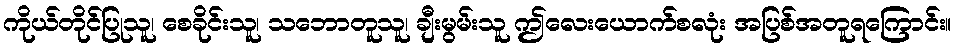
ကိုယ်တိုင်ပြုသူ၊ စေခိုင်းသူ၊ သဘောတူသူ၊ ချီးမွမ်းသူ ဤလေးယောက်စလုံး အပြစ်အတူရကြောင်း။